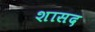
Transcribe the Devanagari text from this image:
शासद